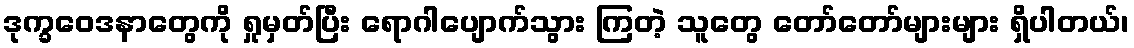
ဒုက္ခဝေဒနာတွေကို ရှုမှတ်ပြီး ရောဂါပျောက်သွား ကြတဲ့ သူတွေ တော်တော်များများ ရှိပါတယ်၊